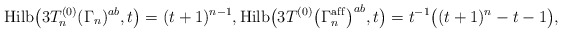
\begin{gather*}{\rm Hilb}\big(3T_n^{(0)}(\Gamma_n)^{ab},t\big)=(t+1)^{n-1},{\rm Hilb}\big(3T^{(0)}\big(\Gamma_n^{\rm af\/f}\big)^{ab},t\big)=t^{-1} \big((t+1)^{n}-t-1\big),\end{gather*}